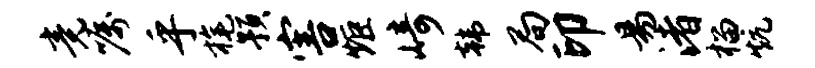
竟嘱乎旄预害炬崎韩局印易渚榴炕